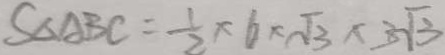
S _ { \Delta A B C } = \frac { 1 } { 2 } \times 6 \times \sqrt { 3 } \times 3 \sqrt { 3 }